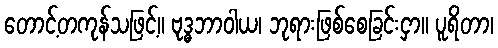
တောင့်တကုန်သဖြင့်။ ဗုဒ္ဓဘာဝါယ၊ ဘုရားဖြစ်စေခြင်းငှာ။ ပူရိတာ၊